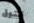
تتوق